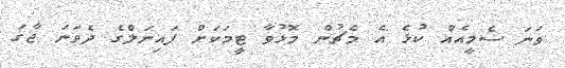
ވަނަ ސެމީއެއް ކުޅެ އެ މެޗުން މޮޅުވާ ޓީމަކަށް ފައިނަލްގެ ދެވަނަ ޖާގަ